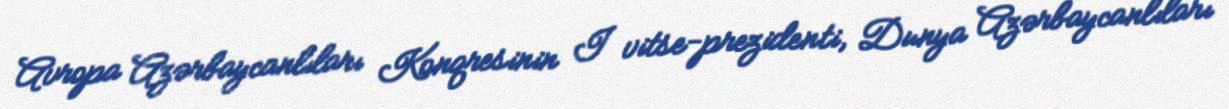
Avropa Azərbaycanlıları Konqresinin I vitse-prezidenti, Dunya Azərbaycanlıları